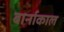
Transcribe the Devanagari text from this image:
बार्नाकाल